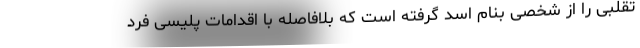
تقلبی را از شخصی بنام اسد گرفته است که بلافاصله با اقدامات پلیسی فرد